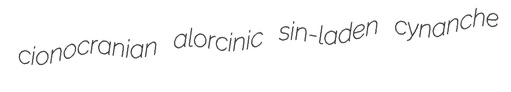
cionocranian alorcinic sin-laden cynanche